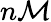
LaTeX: n\mathcal{M}